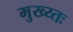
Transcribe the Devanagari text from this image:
मुख्य्तः